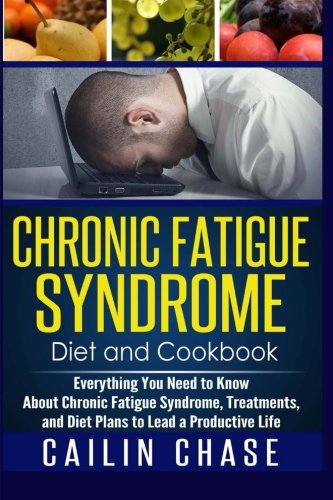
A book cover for Chronic Fatigue Syndrome: Everything You Need to Know About Chronic Fatigue Syndrome, Treatments, and Diet Plans to Lead a Productive life; Cailin Chase; Health, Fitness & Dieting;